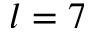
l = 7